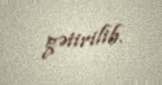
gətirilib.